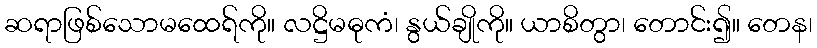
ဆရာဖြစ်သောမထေရ်ကို။ လဋ္ဌိမဓုကံ၊ နွယ်ချိုကို။ ယာစိတွာ၊ တောင်း၍။ တေန၊